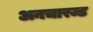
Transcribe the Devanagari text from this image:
अनचारज्ड